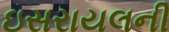
ઇસરાયલની